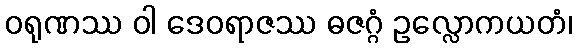
ဝရုဏဿ ဝါ ဒေဝရာဇဿ ဓဇဂ္ဂံ ဥလ္လောကယတံ၊